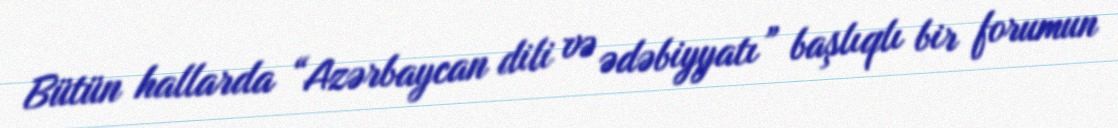
Bütün hallarda “Azərbaycan dili və ədəbiyyatı” başlıqlı bir forumun